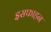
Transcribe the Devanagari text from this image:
इसफाहन